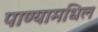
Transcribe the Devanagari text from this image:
पाण्यामधिल